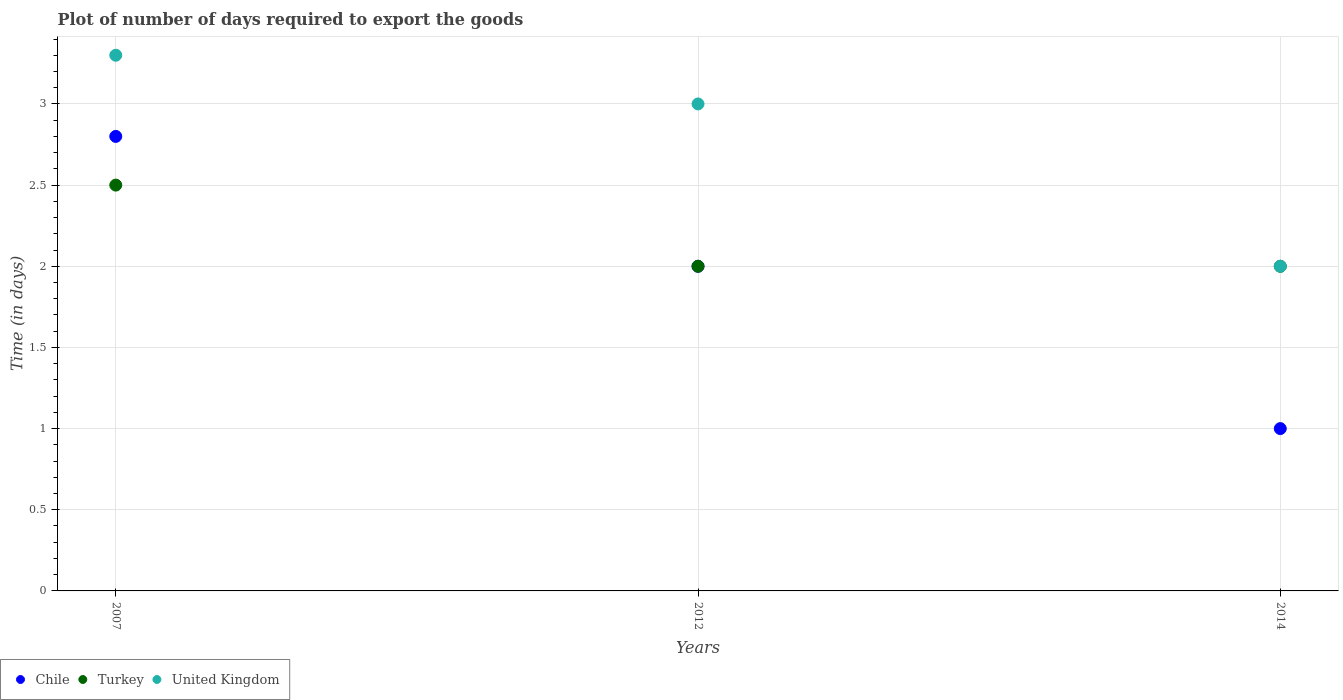
| Years | Chile | Turkey | United Kingdom |
 | --- | --- | --- | --- |
 | 2007 | 2.8 | 2.5 | 3.3 |
 | 2012 | 2 | 2 | 3 |
 | 2014 | 1 | 2 | 2 |